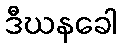
ဒီဃနခေါ